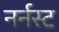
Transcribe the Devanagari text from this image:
नर्नस्ट